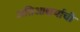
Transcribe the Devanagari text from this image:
अतिआश्चर्याची